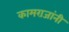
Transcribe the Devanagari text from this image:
कामराजांनी